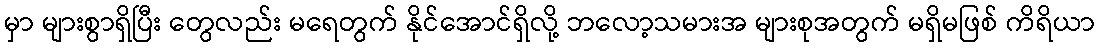
မှာ များစွာရှိပြီး တွေလည်း မရေတွက် နိုင်အောင်ရှိလို့ ဘလော့သမားအ များစုအတွက် မရှိမဖြစ် ကိရိယာ